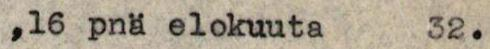
,16 pnä elokuuta  32.